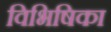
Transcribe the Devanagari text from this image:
विभिषिका